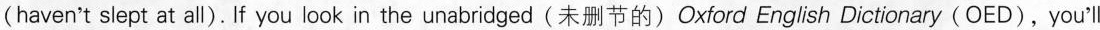
(haven't slept at all). If you look in the unabridged(未删节的)Oxford English Dictionary (OED), you'll